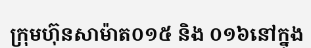
ក្រុមហ៊ុនសាម៉ាត០១៥ និង ០១៦នៅក្នុង